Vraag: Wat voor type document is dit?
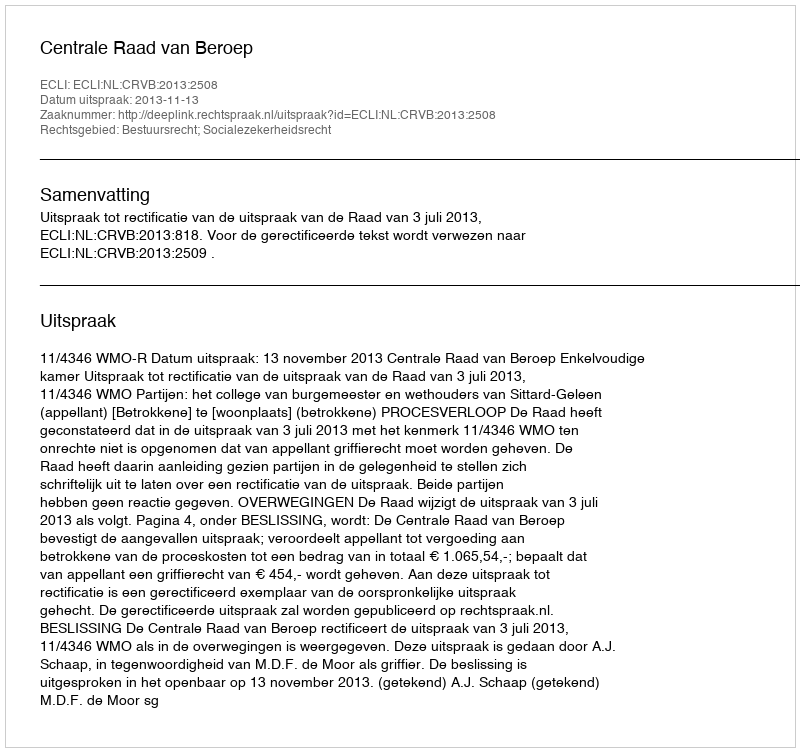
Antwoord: Uitspraak